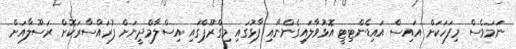
ނަމަވެސް މިފަހަކަށް އައިސް އައިޑެންޓިޓީ އޮޅުވާލައިގެންނާއި ފާޅުގައި މިގްރޫޕްގައި އިސްލާމްދީނަށް ފުރައްސާރަކޮށް ރަސޫލާއަށް